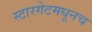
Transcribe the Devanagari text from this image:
स्टारगेटमधूनच